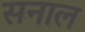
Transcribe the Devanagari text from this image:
सनाल